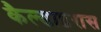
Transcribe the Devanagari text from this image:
कैल्डाइरास